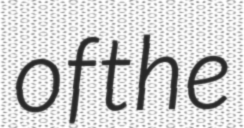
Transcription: of the